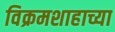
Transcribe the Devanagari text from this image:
विक्रमशाहाच्या